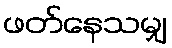
ဖတ်နေသမျှ